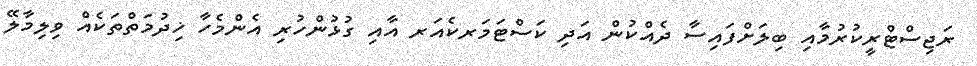
ރަޖިސްޓްރީކުރުމާއި ބިލަށްފައިސާ ދެއްކުން އަދި ކަސްޓަމަރކެއަރ އާއި ގުޅުންހުރި އެންމެހާ ޚިދުމަތްތަކެއް ވިލިމާލޭ